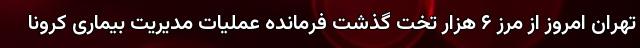
تهران امروز از مرز ۶ هزار تخت گذشت فرمانده عملیات مدیریت بیماری کرونا